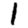
Digit: 1